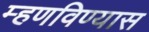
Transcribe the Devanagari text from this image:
म्हणविण्यास